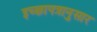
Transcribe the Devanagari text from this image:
इच्छापत्रानुसार